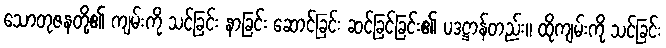
သောတုဇနတို့၏ ကျမ်းကို သင်ခြင်း နာခြင်း ဆောင်ခြင်း ဆင်ခြင်ခြင်း၏ ပဒဋ္ဌာန်တည်း။ ထိုကျမ်းကို သင်ခြင်း